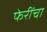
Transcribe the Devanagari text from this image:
फेरींचा